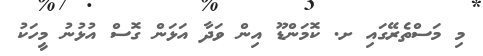
މި މަސްތެރޭގައި ށ. ކޮމަންޑޫ އިން ވަދާ އަޅަން ގޮސް އުޅުނު މީހަކު